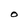
Character: O